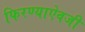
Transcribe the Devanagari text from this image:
फिरण्याऐवजी